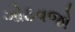
ગોઠવજો